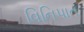
વિનિપાત